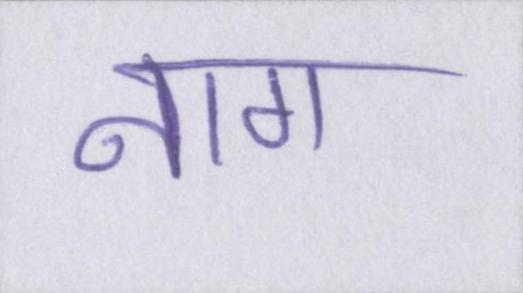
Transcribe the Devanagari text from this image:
नाग